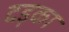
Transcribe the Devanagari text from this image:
दड़का